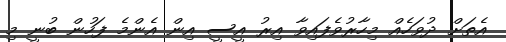
އެތަށް ދުވަހެއް މިހާރުވެފައިވާ އިރު އީސީ އިން އެންމެ ފަހުން ބުނީ މި